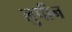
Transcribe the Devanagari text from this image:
लुपीन